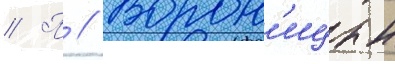
// П // Ворон'ицын